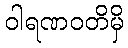
ဝါရဏဝတိမှိ